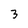
Character: 3